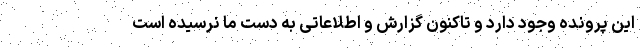
این پرونده وجود دارد و تاکنون گزارش و اطلاعاتی به دست ما نرسیده است